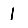
Digit: 1